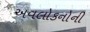
અવલોકનોની